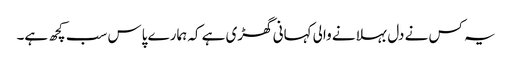
یہ کس نے دل بہلانے والی کہانی گھڑی ہے کہ ہمارے پاس سب کچھ ہے۔